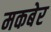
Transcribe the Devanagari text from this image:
मकबेर